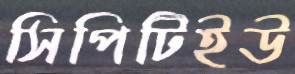
সিপিটিইউ